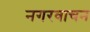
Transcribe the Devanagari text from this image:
नगरवाचन